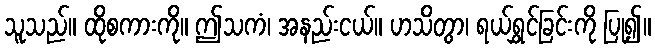
သူသည်။ ထိုစကားကို။ ဤသကံ၊ အနည်းငယ်။ ဟသိတွာ၊ ရယ်ရွှင်ခြင်းကို ပြု၍။